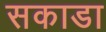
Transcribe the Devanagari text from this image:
सकाडा